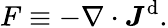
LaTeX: F\equiv-\nabla\cdot\boldsymbol{J}^{\mathrm{d}}.